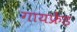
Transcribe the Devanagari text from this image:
गायफ्रेंड